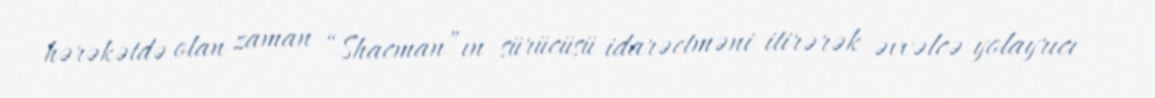
hərəkətdə olan zaman “Shacman”ın sürücüsü idarəetməni itirərək əvvəlcə yolayrıcı